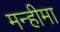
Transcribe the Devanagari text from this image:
मन्हीमा